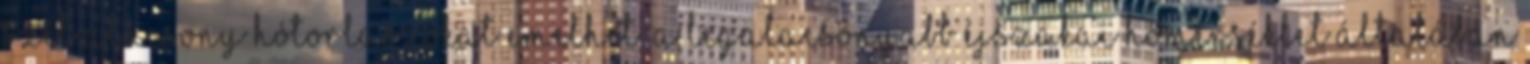
szél alacsony hótorlaszokat emelhet. A legalacsonyabb éjszakai hőmérséklet általában